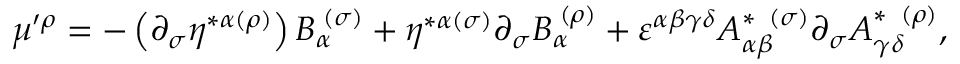
\mu ^ { \prime \rho } = - \left( \partial _ { \sigma } \eta ^ { * \alpha ( \rho ) } \right) B _ { \alpha } ^ { \; ( \sigma ) } + \eta ^ { * \alpha ( \sigma ) } \partial _ { \sigma } B _ { \alpha } ^ { \; ( \rho ) } + \varepsilon ^ { \alpha \beta \gamma \delta } A _ { \alpha \beta } ^ { * \; \; ( \sigma ) } \partial _ { \sigma } A _ { \gamma \delta } ^ { * \; \; ( \rho ) } ,